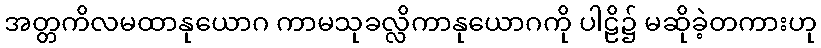
အတ္တကိလမထာနုယောဂ ကာမသုခလ္လိကာနုယောဂကို ပါဠိ၌ မဆိုခဲ့တကားဟု